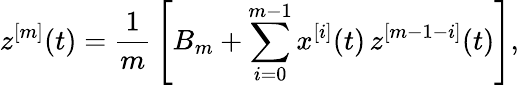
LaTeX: z^{[m]}(t)=\frac{1}{m}\, \left[B_{m}+\sum_{i=0}^{m-1}x^{[i]}(t)\, z^{[m-1-i]}(t)\right],